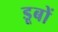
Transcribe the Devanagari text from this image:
डूबों